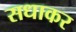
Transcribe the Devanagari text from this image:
सधाकर